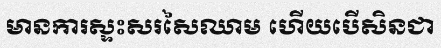
មានការស្ទះសរសៃឈាម ហើយបើសិនជា